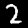
Digit: 2